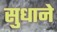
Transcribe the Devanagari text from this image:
सुधाने